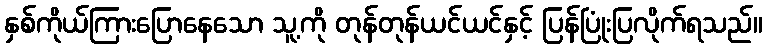
နှစ်ကိုယ်ကြားပြောနေသော သူ့ကို တုန်တုန်ယင်ယင်နှင့် ပြန်ပြုံးပြလိုက်ရသည်။